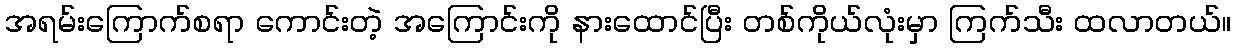
အရမ်းကြောက်စရာ ကောင်းတဲ့ အကြောင်းကို နားထောင်ပြီး တစ်ကိုယ်လုံးမှာ ကြက်သီး ထလာတယ်။